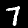
Label: 7